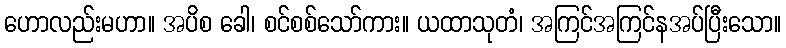
ဟောလည်းမဟာ။ အပိစ ခေါ၊ စင်စစ်သော်ကား။ ယထာသုတံ၊ အကြင်အကြင်နအပ်ပြီးသော။